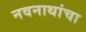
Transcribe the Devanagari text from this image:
नवनाथांचा